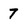
Character: 7